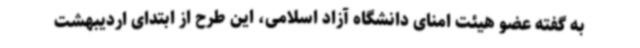
به گفته عضو هیئت امنای دانشگاه آزاد اسلامی، این طرح از ابتدای اردیبهشت